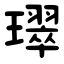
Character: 璻